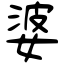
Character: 婆